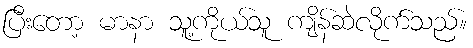
ပြီးတော့ မာနာ သူ့ကိုယ်သူ ကျိန်ဆဲလိုက်သည်။